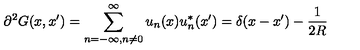
{ \partial } ^ { 2 } G ( x , x ^ { \prime } ) = \sum _ { n = - \infty , n \neq 0 } ^ { \infty } u _ { n } ( x ) u _ { n } ^ { * } ( x ^ { \prime } ) = \delta ( x - x ^ { \prime } ) - \frac { 1 } { 2 R }